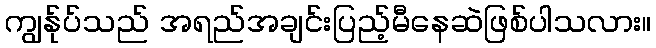
ကျွန်ုပ်သည် အရည်အချင်းပြည့်မီနေဆဲဖြစ်ပါသလား။